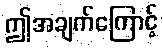
ဤအချက်ကြောင့်